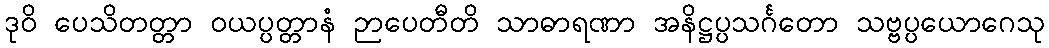
ဒုဝိ ပေသိတတ္တာ ဝယပ္ပတ္တာနံ ဉာပေတီတိ သာဓာရဏာ အနိဋ္ဌပ္ပသင်္ဂတော သဗ္ဗပ္ပယောဂေသု